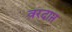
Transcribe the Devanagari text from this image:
वरदाऩ